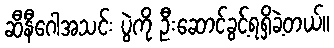
ဆီနီဂေါအသင်း ပွဲကို ဦးဆောင်ခွင့်ရရှိခဲ့တယ်။